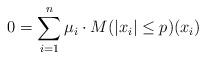
LaTeX: \begin{align*}0= \sum_{i = 1}^n \mu_i \cdot M(|x_i| \leq p)(x_i)\end{align*}